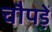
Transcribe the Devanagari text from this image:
चौपड़ें